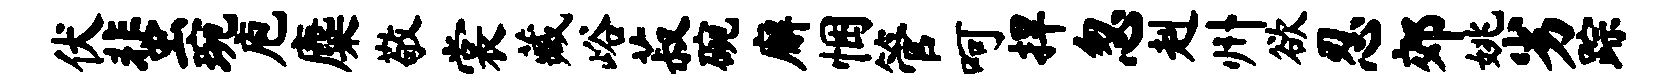
伏蜚琬庖麋敬裳藏峪菽碗廨悃管呵捍忽赳州欲忍郊姚劣踪